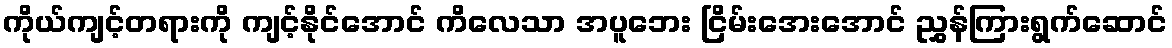
ကိုယ်ကျင့်တရားကို ကျင့်နိုင်အောင် ကိလေသာ အပူဘေး ငြိမ်းအေးအောင် ညွှန်ကြားရွက်ဆောင်